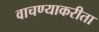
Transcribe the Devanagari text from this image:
वाचण्याकरीता